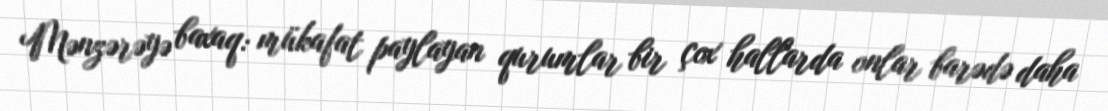
Mənzərəyə baxaq: mükafat paylayan qurumlar bir çox hallarda onlar barədə daha